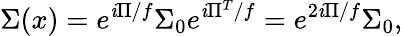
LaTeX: \Sigma(x)=e^{\mathit{i}\Pi/f}\Sigma_{0}e^{\mathit{i}\Pi^{T}/f}=e^{2\mathit{i}\Pi/f}\Sigma_{0},